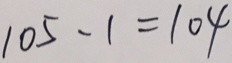
1 0 5 - 1 = 1 0 4